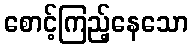
စောင့်ကြည့်နေသော